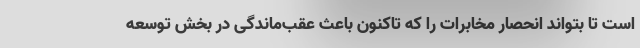
است تا بتواند انحصار مخابرات را که تاکنون باعث عقب‌ماندگی در بخش توسعه